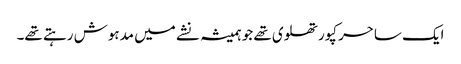
ایک ساحر کپورتھلوی تھے جو ہمیشہ نشے میں مدہوش رہتے تھے۔